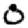
Digit: 0